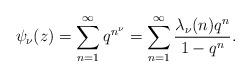
LaTeX: \begin{align*}\psi_{\nu}(z)=\sum^{\infty}_{n=1}q^{n^{\nu}}=\sum^{\infty}_{n=1}\frac{\lambda_{\nu}(n)q^n}{1-q^n}.\end{align*}